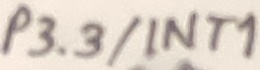
Text: P3.3/INT1